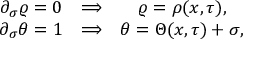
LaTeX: \begin{array} { c c c } { { \partial _ { \sigma } \varrho = 0 \hfill } } & { { \Longrightarrow } } & { { \varrho = \rho ( x , \tau ) , \hfill } } \\ { { \partial _ { \sigma } \theta = 1 \hfill } } & { { \Longrightarrow \hfill } } & { { \theta = \Theta ( x , \tau ) + \sigma , \hfill } } \end{array}